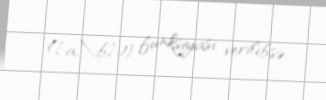
([a,\;b])} funksiyası verilibsə.